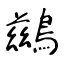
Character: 鷀